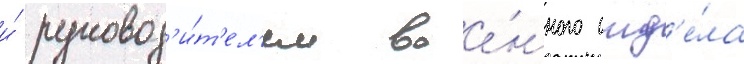
и́ руковод'и́т'ел'ем вое́нного отд'е́ла